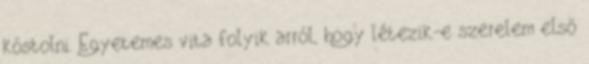
kóstolni. Egyetemes vita folyik arról, hogy létezik-e szerelem első